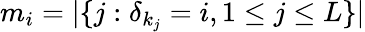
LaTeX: m_{i}=|\{ j:\delta_{k_{j}}=i,1\leq j\leq L\} |